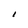
Character: I